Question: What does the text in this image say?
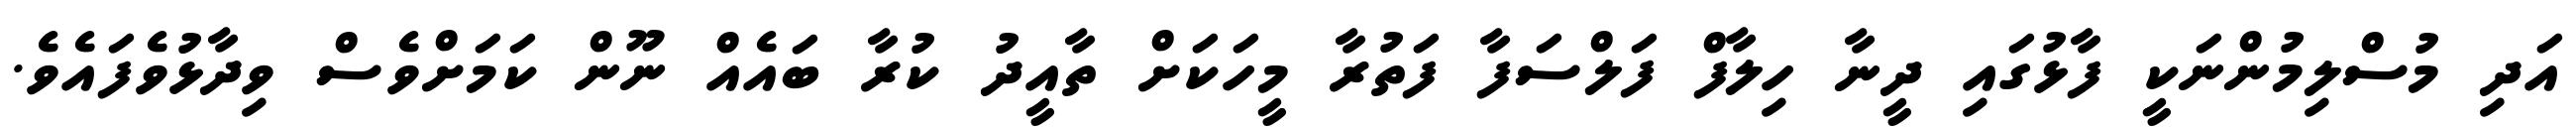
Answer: އަދި މުސްލިމުންނަކީ ފާޅުގައި ދީނާ ހިލާފް ފަލްސަފާ ފަތުރާ މީހަކަށް ތާއީދު ކުރާ ބައެއް ނޫން ކަމަށްވެސް ވިދާޅުވެފައެވެ.